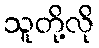
သူတို့လို